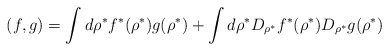
\begin{align*}(f,g)=\int d\rho^* f^*(\rho^*) g(\rho^*)+ \int d\rho^* D_{\rho^*}f^*(\rho^*)D_{\rho^*} g(\rho^*)\end{align*}